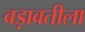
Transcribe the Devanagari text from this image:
बड़ावतीला